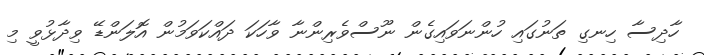
ހާދިސާ ހިނގި ތަނުގައި ހުންނަވައިގެން ނޫސްވެރިންނާ ވާހަކަ ދައްކަވަމުން އޮލަންޑޭ ވިދާޅުވީ މި